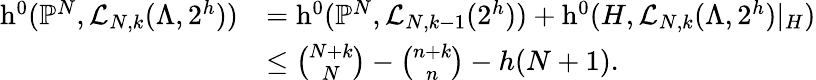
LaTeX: \begin{array}{rl}{\operatorname{h}^{0}({\mathbb P}^{N},\mathcal{L}_{N,k}(\Lambda,2^{h}))}&{=\operatorname{h}^{0}({\mathbb P}^{N},\mathcal{L}_{N,k-1}(2^{h}))+\operatorname{h}^{0}(H,\mathcal{L}_{N,k}(\Lambda,2^{h})|_{H})}\\ &{\le{\binom{N+k}{N}}-{\binom{n+k}{n}}-h(N+1).}\end{array}